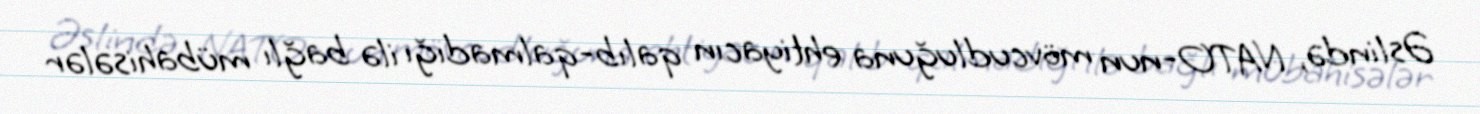
Əslində, NATO-nun mövcudluğuna ehtiyacın qalıb-qalmadığı ilə bağlı mübahisələr